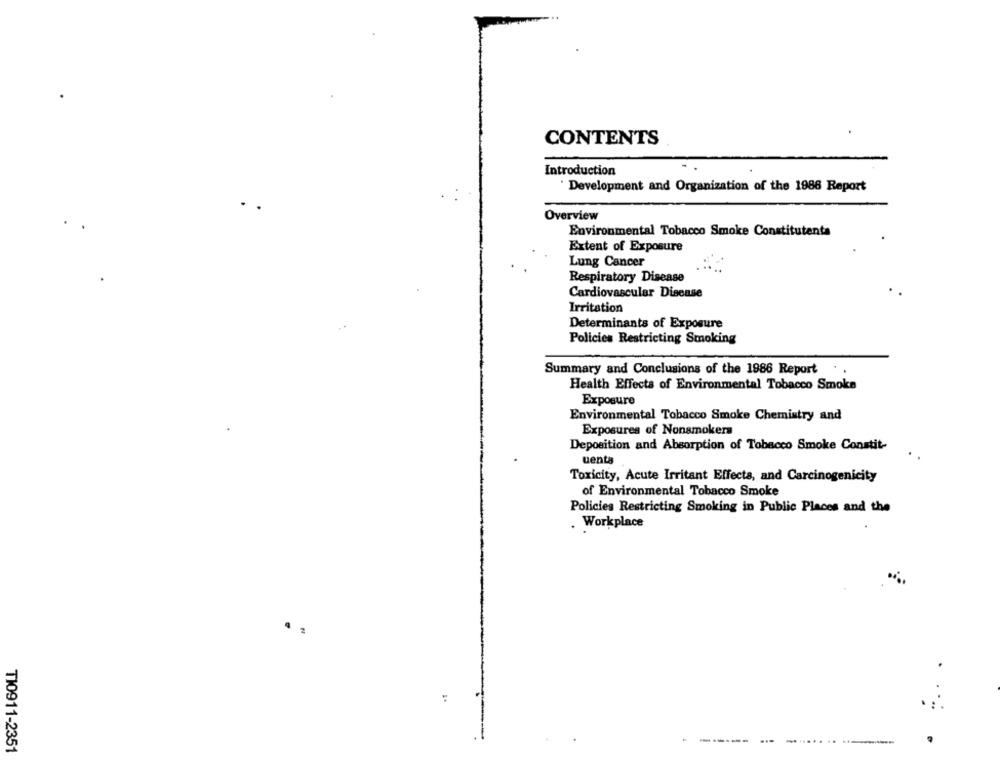
CONTENTS
Introduction
Development and Organization of the 1986 Report
Overview
Environmental Tobacco Smoke Constitutenta
Extent of Exposure
Lung Cancer
Respiratory Disease
Cardiovascular Disease
Irritation
Determinants of Exposure
Policies Restricting Smoking
Summary and Conclusions of the 1986 Report
Health Effects of Environmental Tobacco Smoke
Exposure
Environmental Tobacco Smoke Chemistry and
Exposures of Nonsmokers
Deposition and Absorption of Tobacco Smoke Constit-
uenta
Toxicity, Acute Irritant Effects, and Carcinogenicity
of Environmental Tobacco Smoke
Policies Restricting Smoking in Public Places and the
. Workplace
:
------
...
....... .. ...........
TI0911-2351